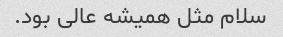
سلام مثل همیشه عالی بود.